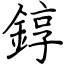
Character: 錞